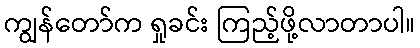
ကျွန်တော်က ရှုခင်း ကြည့်ဖို့လာတာပါ။